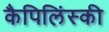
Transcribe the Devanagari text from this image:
कैपिलिंस्की